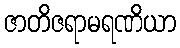
ဇာတိဇရာမရဏိယာ